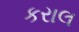
કરાલ